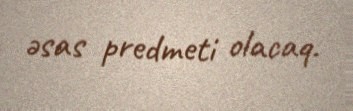
əsas predmeti olacaq.